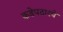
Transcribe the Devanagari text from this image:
कडेपठारचे